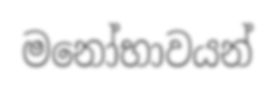
මනෝභාවයන්